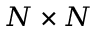
N \times N